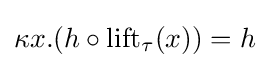
\kappa x.(h\circ \operatorname {lift} _{\tau }(x))=h